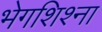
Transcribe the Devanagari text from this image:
भेगशिश्ना